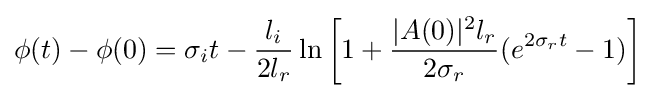
\phi (t)-\phi (0)=\sigma _{i}t-{\frac {l_{i}}{2l_{r}}}\ln \left[1+{\frac {|A(0)|^{2}l_{r}}{2\sigma _{r}}}(e^{2\sigma _{r}t}-1)\right]